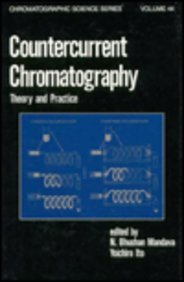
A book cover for Countercurrent Chromatography (Chromatographic Science Series); Science & Math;